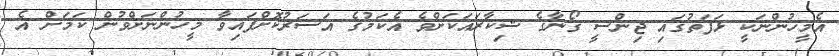
އެމީހުންނަކީ ޅަފަތުގައި ޖިންސީ ގޯނާގެ ޝިކާރައަކަށްވެ އެކަމުގެ އަސަރުކޮށްފައިވާ މީހުންނަށްވުން ކަމަށް އެ